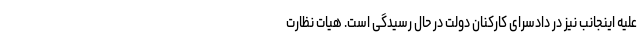
علیه اینجانب نیز در دادسرای کارکنان دولت در حال رسیدگی است. هیات نظارت